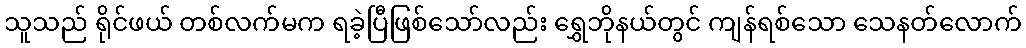
သူသည် ရိုင်ဖယ် တစ်လက်မက ရခဲ့ပြီဖြစ်သော်လည်း ရွှေဘိုနယ်တွင် ကျန်ရစ်သော သေနတ်လောက်